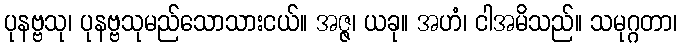
ပုနဗ္ဗသု၊ ပုနဗ္ဗသုမည်သောသားငယ်။ အဇ္ဇ၊ ယခု။ အဟံ၊ ငါအမိသည်။ သမုဂ္ဂတာ၊